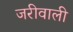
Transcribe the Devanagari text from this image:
जरीवाली